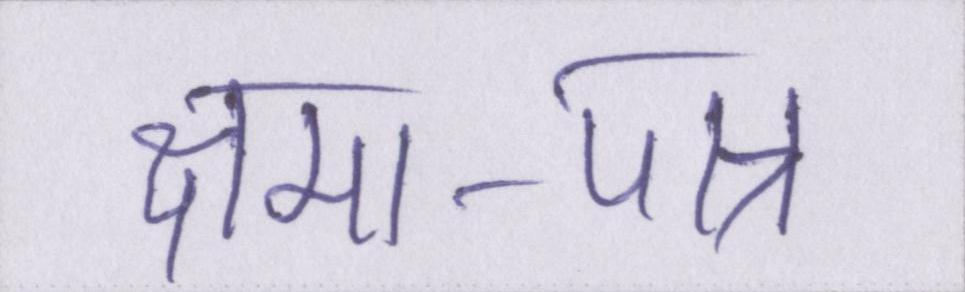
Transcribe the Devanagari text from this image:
क्षमा-पात्र